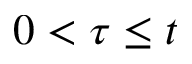
0 < \tau \leq t